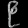
Digit: ၉